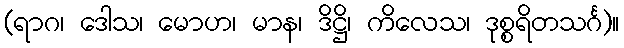
(ရာဂ၊ ဒေါသ၊ မောဟ၊ မာန၊ ဒိဋ္ဌိ၊ ကိလေသ၊ ဒုစ္စရိတသင်္ဂ)။